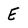
Character: E